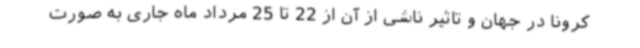
کرونا در جهان و تاثیر ناشی از آن از 22 تا 25 مرداد ماه جاری به صورت